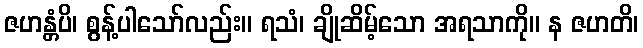
ဇဟန္တံပိ၊ စွန့်ပါသော်လည်း။ ရသံ၊ ချိုဆိမ့်သော အရသာကို။ န ဇဟတိ၊